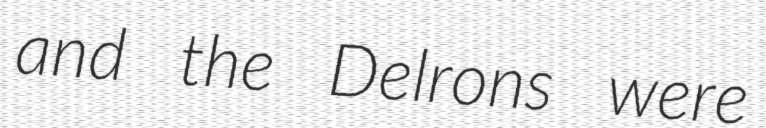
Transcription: and the Delrons were